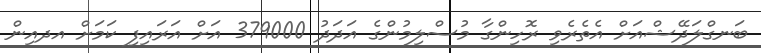
ބަނގްލަދޭޝްއަށް އެތެރެވި ރޮހިންގާ މުސްލިމުންގެ އަދަދު 379000 އަށް އަރައިފި ކަމަށް އދއިން